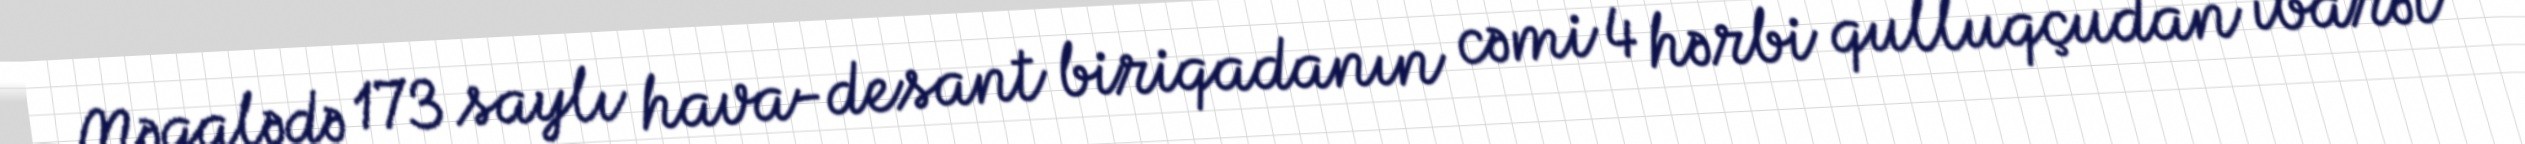
Məqalədə 173 saylı hava-desant biriqadanın cəmi 4 hərbi qulluqçudan ibarət